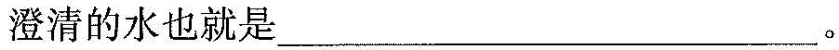
澄清的水也就是___。